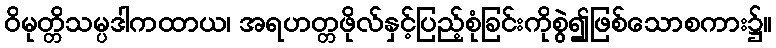
ဝိမုတ္တိသမ္ပဒါကထာယ၊ အရဟတ္တဖိုလ်နှင့်ပြည့်စုံခြင်းကိုစွဲ၍ဖြစ်သောစကား၌။